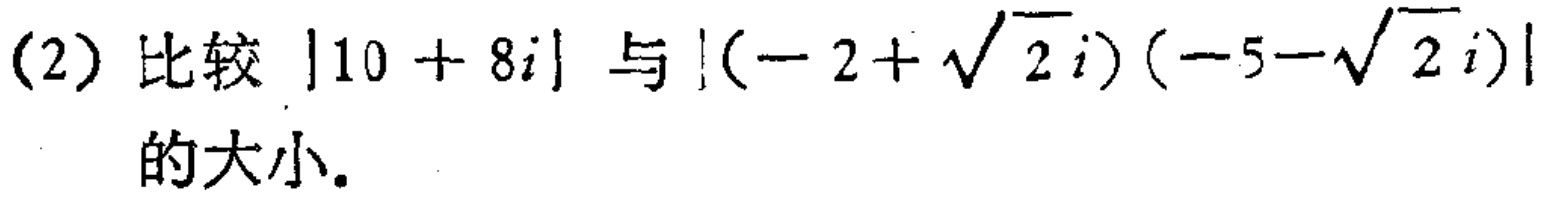
(2) 比较 \(|10 + 8i|\) 与 \(|(-2+\sqrt{2}i)(-5 - \sqrt{2}i)|\) 的大小。